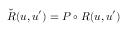
{ \check { R } } ( u , u ^ { \prime } ) = P \circ R ( u , u ^ { \prime } )